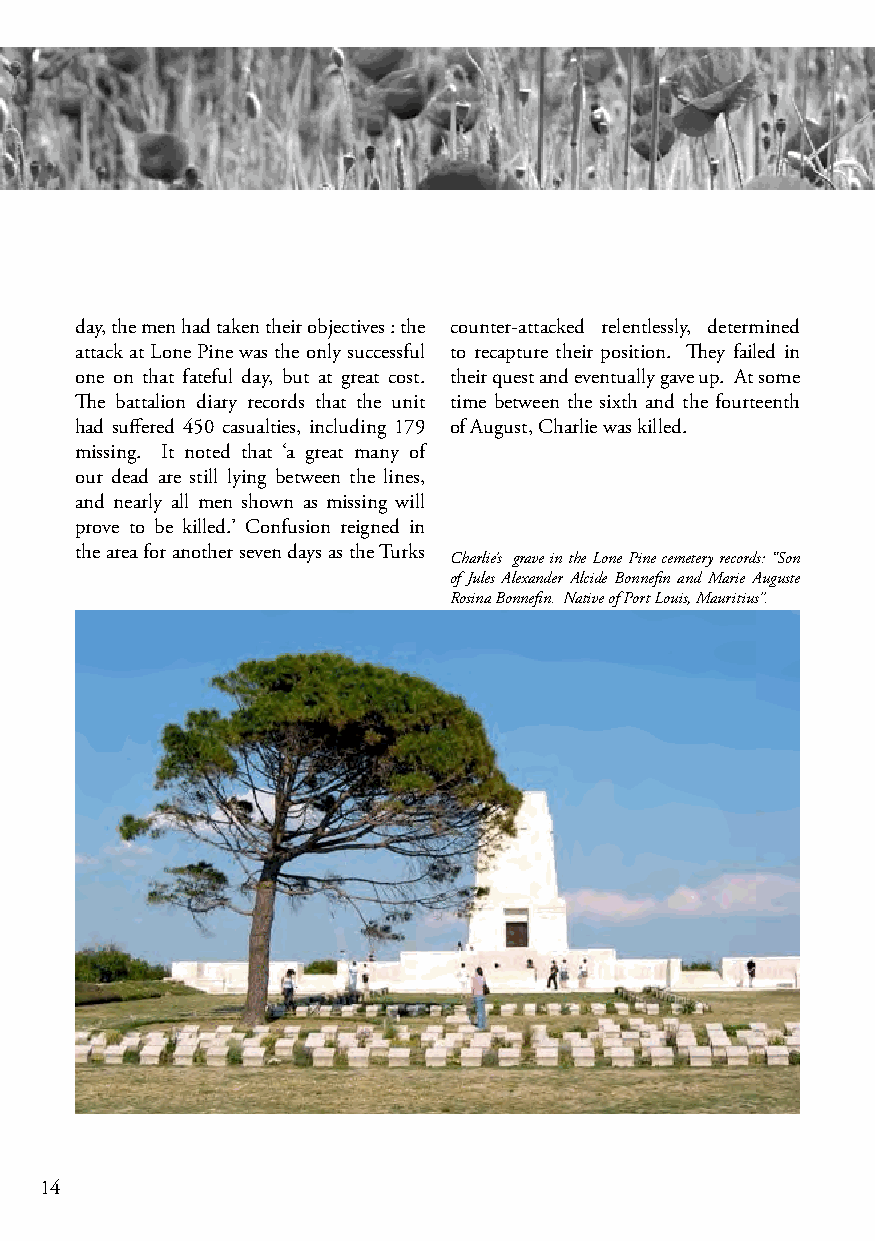
day, the men had taken their objectives : the counter-attacked relentlessly, determined
 attack at Lone Pine was the only successful to recapture their position. They failed in
 one on that fateful day, but at great cost. their quest and eventually gave up. At some
 The battalion diary records that the unit time between the sixth and the fourteenth
 had suffered 450 casualties, including 179 of August, Charlie was killed.
 missing. It noted that ‘a great many of
 our dead are still lying between the lines,
 and nearly all men shown as missing will
 prove to be killed.’ Confusion reigned in
 the area for another seven days as the Turks
 Charlie’s grave in the Lone Pine cemetery records: “Son
 of Jules Alexander Alcide Bonnefin and Marie Auguste
 Rosina Bonnefin. Native of Port Louis, Mauritius”.
 14